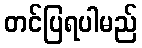
တင်ပြရပါမည်